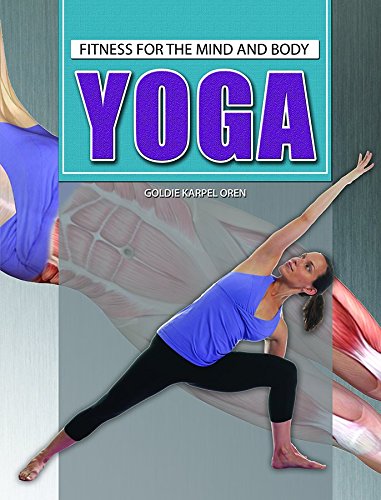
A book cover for Yoga (Fitness for the Mind and Body); Goldie Karpel Oren; Teen & Young Adult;